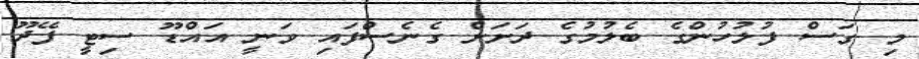
މި ގަސް ފުލުހުންގެ ބެލުމުގެ ދަށަށް ގެނެސްފައި ވަނީ އައްޑޫ ސިޓީ ފޭދޫ